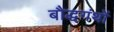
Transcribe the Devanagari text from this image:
बौद्धगंथों